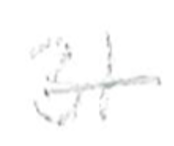
Text: 31
Cross-out: single-line
Writing tool: pencil